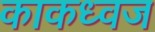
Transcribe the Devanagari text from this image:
काकध्वज